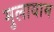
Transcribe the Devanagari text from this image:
मुलायाम